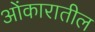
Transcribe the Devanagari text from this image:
ओंकारातील